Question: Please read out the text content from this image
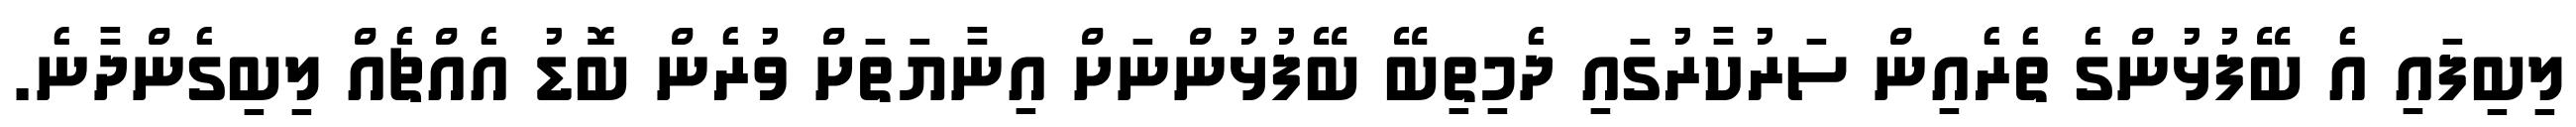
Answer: ލިބިފައި އެ ބޭފުޅުންގެ ތެރެއިން ސަރުކާރުގައި ދެމިތިބޭ ބޭފުޅުންނަށް އިނާޔަތަށް ވުރެން ބޮޑު އެއްޗެއް ލިބިގެންދާނެ.